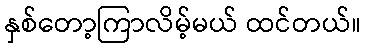
နှစ်တော့ကြာလိမ့်မယ် ထင်တယ်။